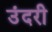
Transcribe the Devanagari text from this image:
उंदरी